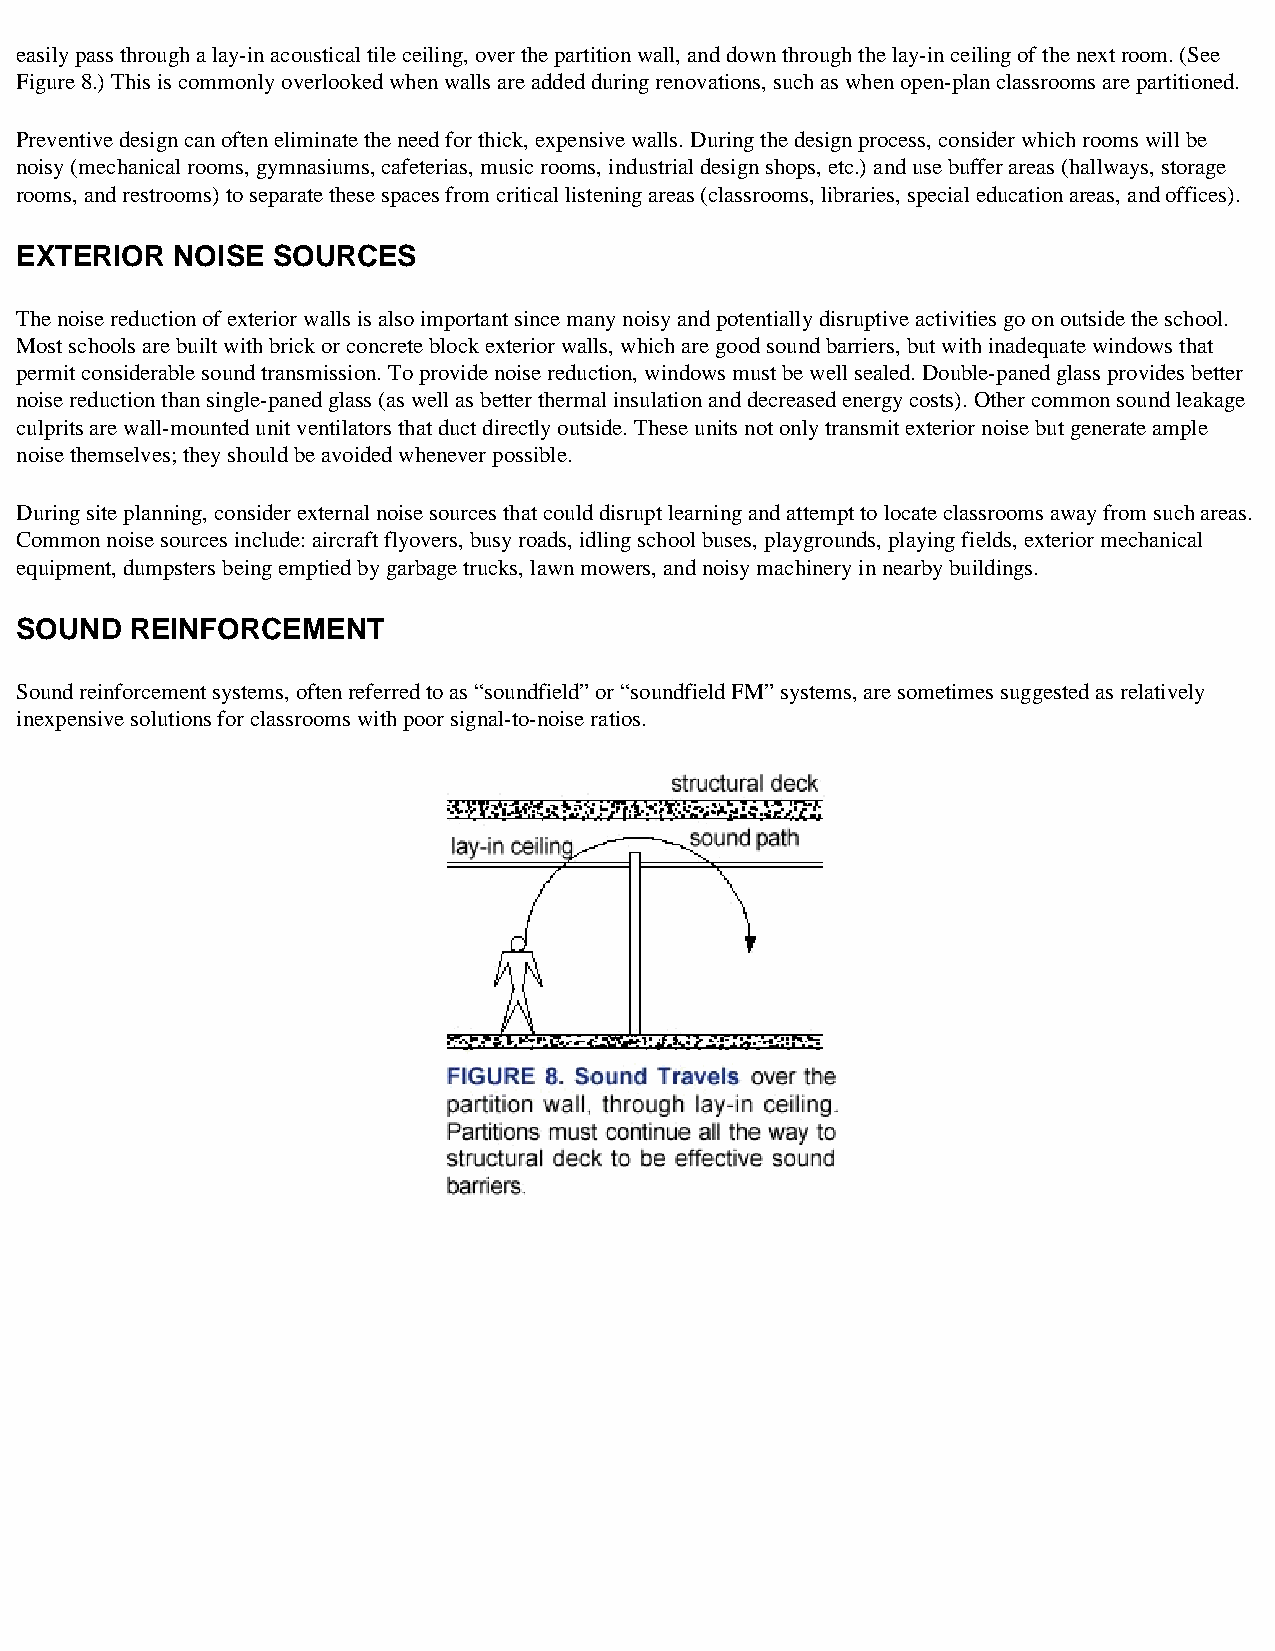
easily pass through a lay-in acoustical tile ceiling, over the partition wall, and down through the lay-in ceiling of the next room. (See
 Figure 8.) This is commonly overlooked when walls are added during renovations, such as when open-plan classrooms are partitioned.
 Preventive design can often eliminate the need for thick, expensive walls. During the design process, consider which rooms will be
 noisy (mechanical rooms, gymnasiums, cafeterias, music rooms, industrial design shops, etc.) and use buffer areas (hallways, storage
 rooms, and restrooms) to separate these spaces from critical listening areas (classrooms, libraries, special education areas, and offices).
 EXTERIOR  NOISE  SOURCES
 The noise reduction of exterior walls is also important since many noisy and potentially disruptive activities go on outside the school.
 Most schools are built with brick or concrete block exterior walls, which are good sound barriers, but with inadequate windows that
 permit considerable sound transmission. To provide noise reduction, windows must be well sealed. Double-paned glass provides better
 noise reduction than single-paned glass (as well as better thermal insulation and decreased energy costs). Other common sound leakage
 culprits are wall-mounted unit ventilators that duct directly outside. These units not only transmit exterior noise but generate ample
 noise themselves; they should be avoided whenever possible.
 During site planning, consider external noise sources that could disrupt learning and attempt to locate classrooms away from such areas.
 Common noise sources include: aircraft flyovers, busy roads, idling school buses, playgrounds, playing fields, exterior mechanical
 equipment, dumpsters being emptied by garbage trucks, lawn mowers, and noisy machinery in nearby buildings.
 SOUND   REINFORCEMENT
 Sound reinforcement systems, often referred to as “soundfield” or “soundfield FM” systems, are sometimes suggested as relatively
 inexpensive solutions for classrooms with poor signal-to-noise ratios.